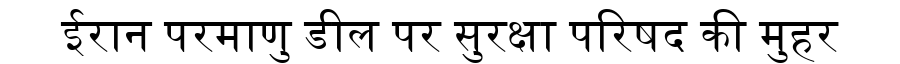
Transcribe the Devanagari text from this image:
ईरान परमाणु डील पर सुरक्षा परिषद की मुहर